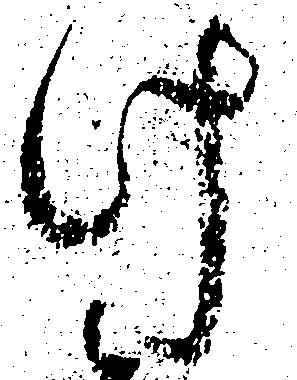
け